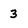
Character: 3